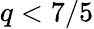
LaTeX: q<7/5